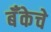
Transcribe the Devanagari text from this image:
बॅँकेचे